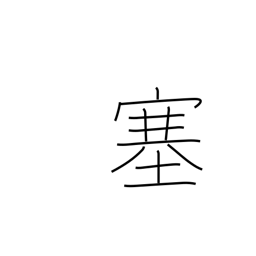
Meaning: shut